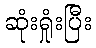
ဆုံးရှုံးပြီး